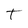
Character: T